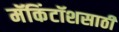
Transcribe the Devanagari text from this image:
मॅकिंटॉशसाठी